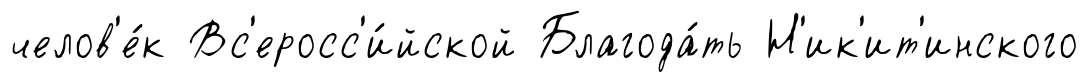
челов'е́к Вс'еросс'и́йской Благода́ть Н'ик'ит'инского